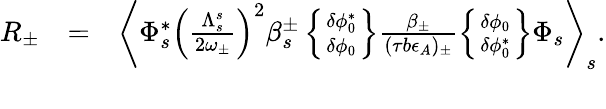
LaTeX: \begin{array}{rlr}{R_{\pm}}&{=}&{\left\langle\Phi_{s}^{*}\left(\frac{\Lambda_{s}^{s}}{2\omega_{\pm}}\right)^{2}\beta_{s}^{\pm}\left\{ \delta\phi_{0}^{*}\atop\delta\phi_{0}\right\} \frac{\beta_{\pm}}{(\tau b\epsilon_{A})_{\pm}}\left\{ \delta\phi_{0}\atop\delta\phi_{0}^{*}\right\} \Phi_{s}\right\rangle_{s}.}\\ &{}&\end{array}